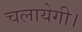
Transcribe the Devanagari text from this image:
चलायेगी।